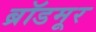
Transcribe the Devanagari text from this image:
ब्रॉडमूर